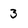
Character: 3